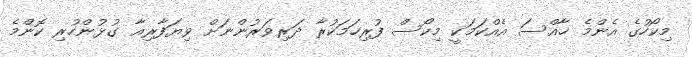
މިކޯހުގެ އެންމެ ޚާއްސަ އެއްކަމަކީ މިކޯސް ފުރިހަމަކުރާ ދަރިވަރުންނަށް ވިޔަފާރިއާ ގުޅުންހުރި ކޮންމެ